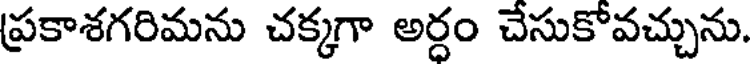
ప్రకాశగరిమను చక్కగా అర్ధం చేసుకోవచ్చును.